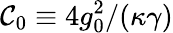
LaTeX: \mathcal{C}_{\mathrm{0}}\equiv 4g_{0}^{2}/(\kappa\gamma)